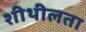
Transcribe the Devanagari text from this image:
शीथीलता